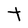
Character: t